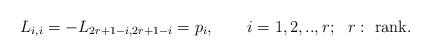
LaTeX: \begin{align*}L_{i,i}=-L_{2r+1-i, 2r+1-i}=p_i, \qquad i=1,2,..,r;~~r:\mbox{ rank}.\end{align*}